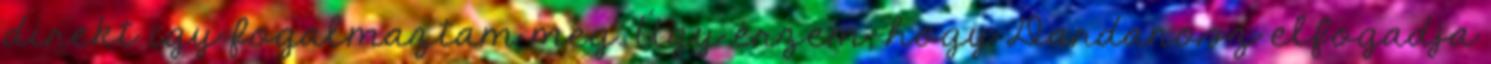
direkt igy fogalmaztam meg. Úgy érzem, hogy Dardanosz elfogadja